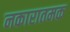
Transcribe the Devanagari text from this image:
नकारातमक